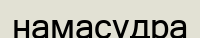
намасудра